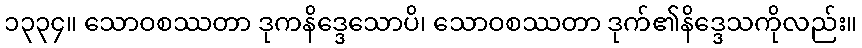
၁၃၃၄။ သောဝစဿတာ ဒုကနိဒ္ဒေသောပိ၊ သောဝစဿတာ ဒုက်၏နိဒ္ဒေသကိုလည်း။